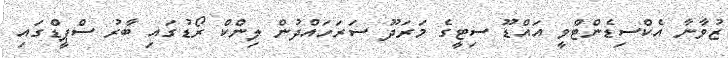
ޒުވާނާ އެކްސިޑެންޓްވީ އައްޑޫ ސިޓީގެ މަރަދޫ ސަރަހައްދުން ލިންކް ރޯޑުގައި ބާރު ސްޕީޑްގައި